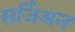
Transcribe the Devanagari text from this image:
सर्जिअन